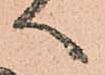
へ